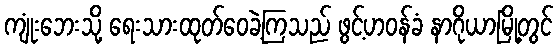
ကျုံးဘေးသို့ ရေးသားထုတ်ဝေခဲ့ကြသည် ဖွင့်ဟဝန်ခံ နာဂိုယာမြို့တွင်